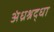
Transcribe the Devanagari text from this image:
अंध्रश्रद्धा